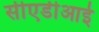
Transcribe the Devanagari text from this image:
सीएडीआई